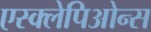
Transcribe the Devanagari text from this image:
एस्क्लेपिओन्स